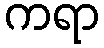
ကရာ